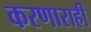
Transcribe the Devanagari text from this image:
करणाराही